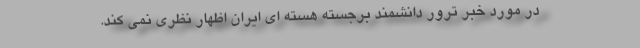
در مورد خبر ترور دانشمند برجسته هسته ای ایران اظهار نظری نمی کند.